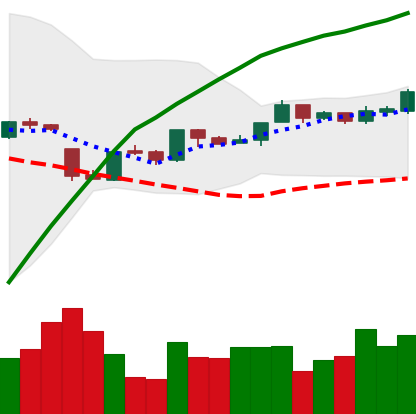
Ticker: BTC-USD
Chart end date: 2016-10-07
Forward return: 3.09%
Label: up_3_5